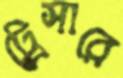
ট্রেসারে